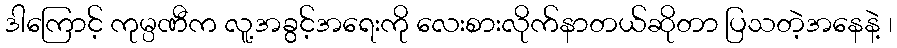
ဒါကြောင့် ကုမ္ပဏီက လူ့အခွင့်အရေးကို လေးစားလိုက်နာတယ်ဆိုတာ ပြသတဲ့အနေနဲ့ ၊